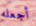
أجعله